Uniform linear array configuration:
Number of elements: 4
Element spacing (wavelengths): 0.75
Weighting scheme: uniform
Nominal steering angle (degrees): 30
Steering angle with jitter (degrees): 29.364
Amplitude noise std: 0.05
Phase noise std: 0.05

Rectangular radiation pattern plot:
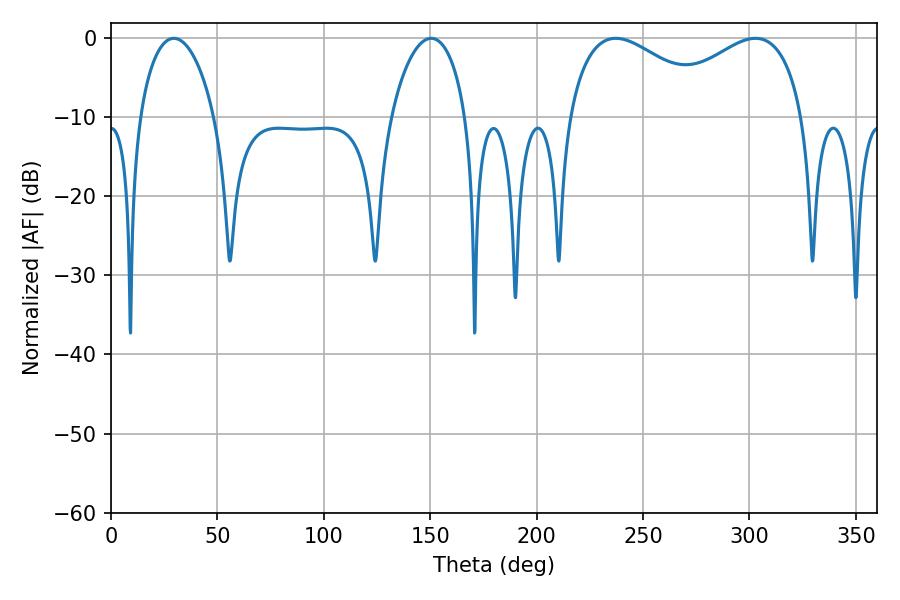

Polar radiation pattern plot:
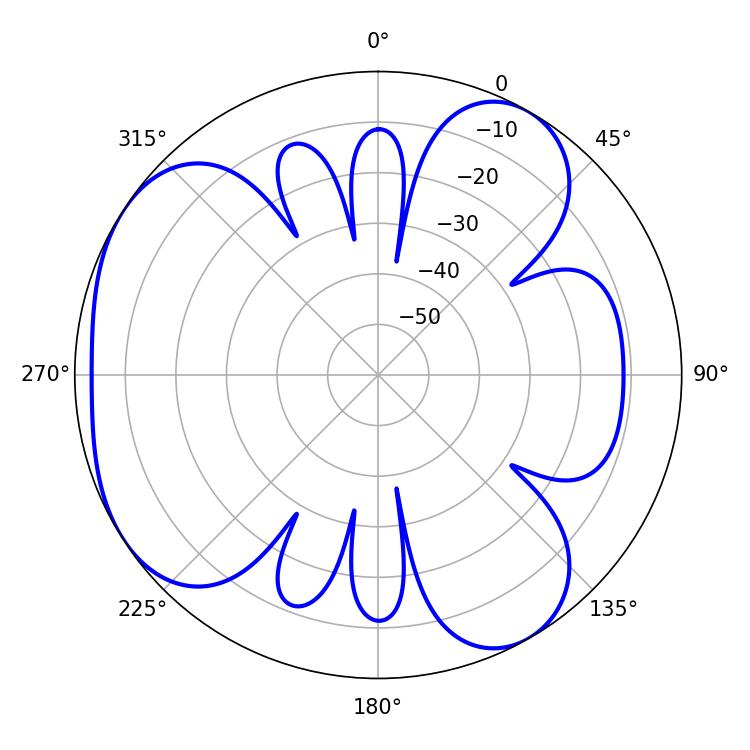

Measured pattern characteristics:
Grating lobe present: TRUE
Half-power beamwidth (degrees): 20.16
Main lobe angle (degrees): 29.52